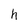
Character: h